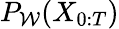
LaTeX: P_{\mathcal{W}}(X_{0:T})